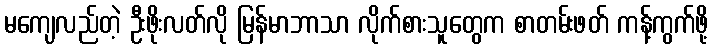
မကျေလည်တဲ့ ဦးဖိုးလတ်လို မြန်မာဘာသာ လိုက်စားသူတွေက စာတမ်းဖတ် ကန့်ကွက်ဖို့